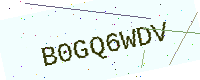
Text: B0GQ6WDV